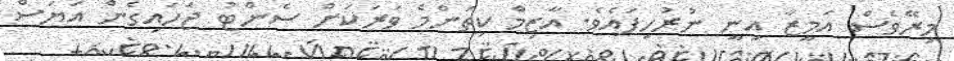
މިރޭވެސް އަމީޒާ އިނީ ނުރުހިފައެވެ. އާޒިމް ކިތަންމެ ވަރަކަށް ސެންޓު ޖަހައިގެން އަޔަސް